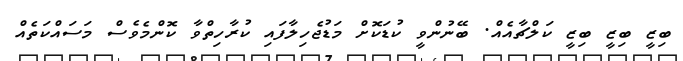
ބިޒީ ބިޒީ ބިޒީ ކަލްޗާއެއް. ބޭނުންވީ ކުޑަކޮށް މަޑުޖެހިލާފައި ކުރާހިތްވާ ކޮންމެވެސް މަސައްކަތެއް